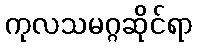
ကုလသမဂ္ဂဆိုင်ရာ